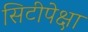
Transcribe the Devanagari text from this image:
सिटीपेक्षा